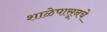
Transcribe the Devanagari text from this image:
शाळेपासूनचे